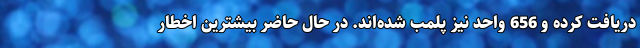
دریافت کرده و 656 واحد نیز پلمب شده‌اند. در حال حاضر بیشترین اخطار